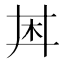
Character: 𪱶